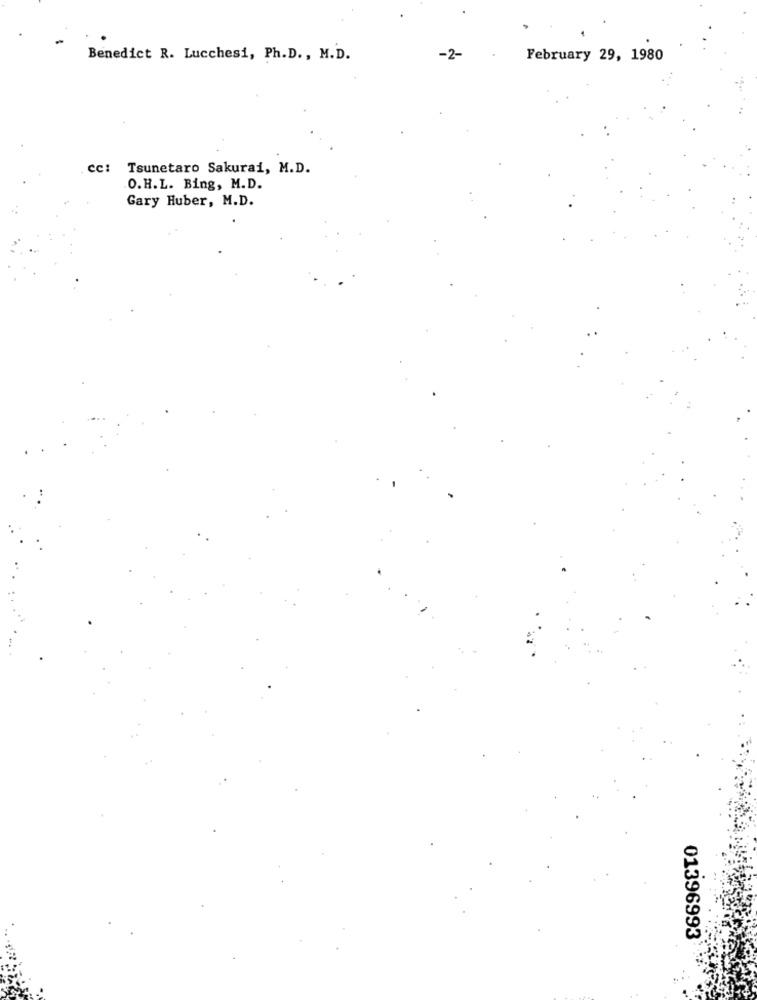
-
Benedict R. Lucchesi, Ph.D ., M.D.
-2-
February 29, 1980
cc: Tsunetaro Sakurai, M.D.
O.H.L. Bing, M.D.
Gary Huber, M.D.
01396993